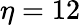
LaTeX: \eta=12